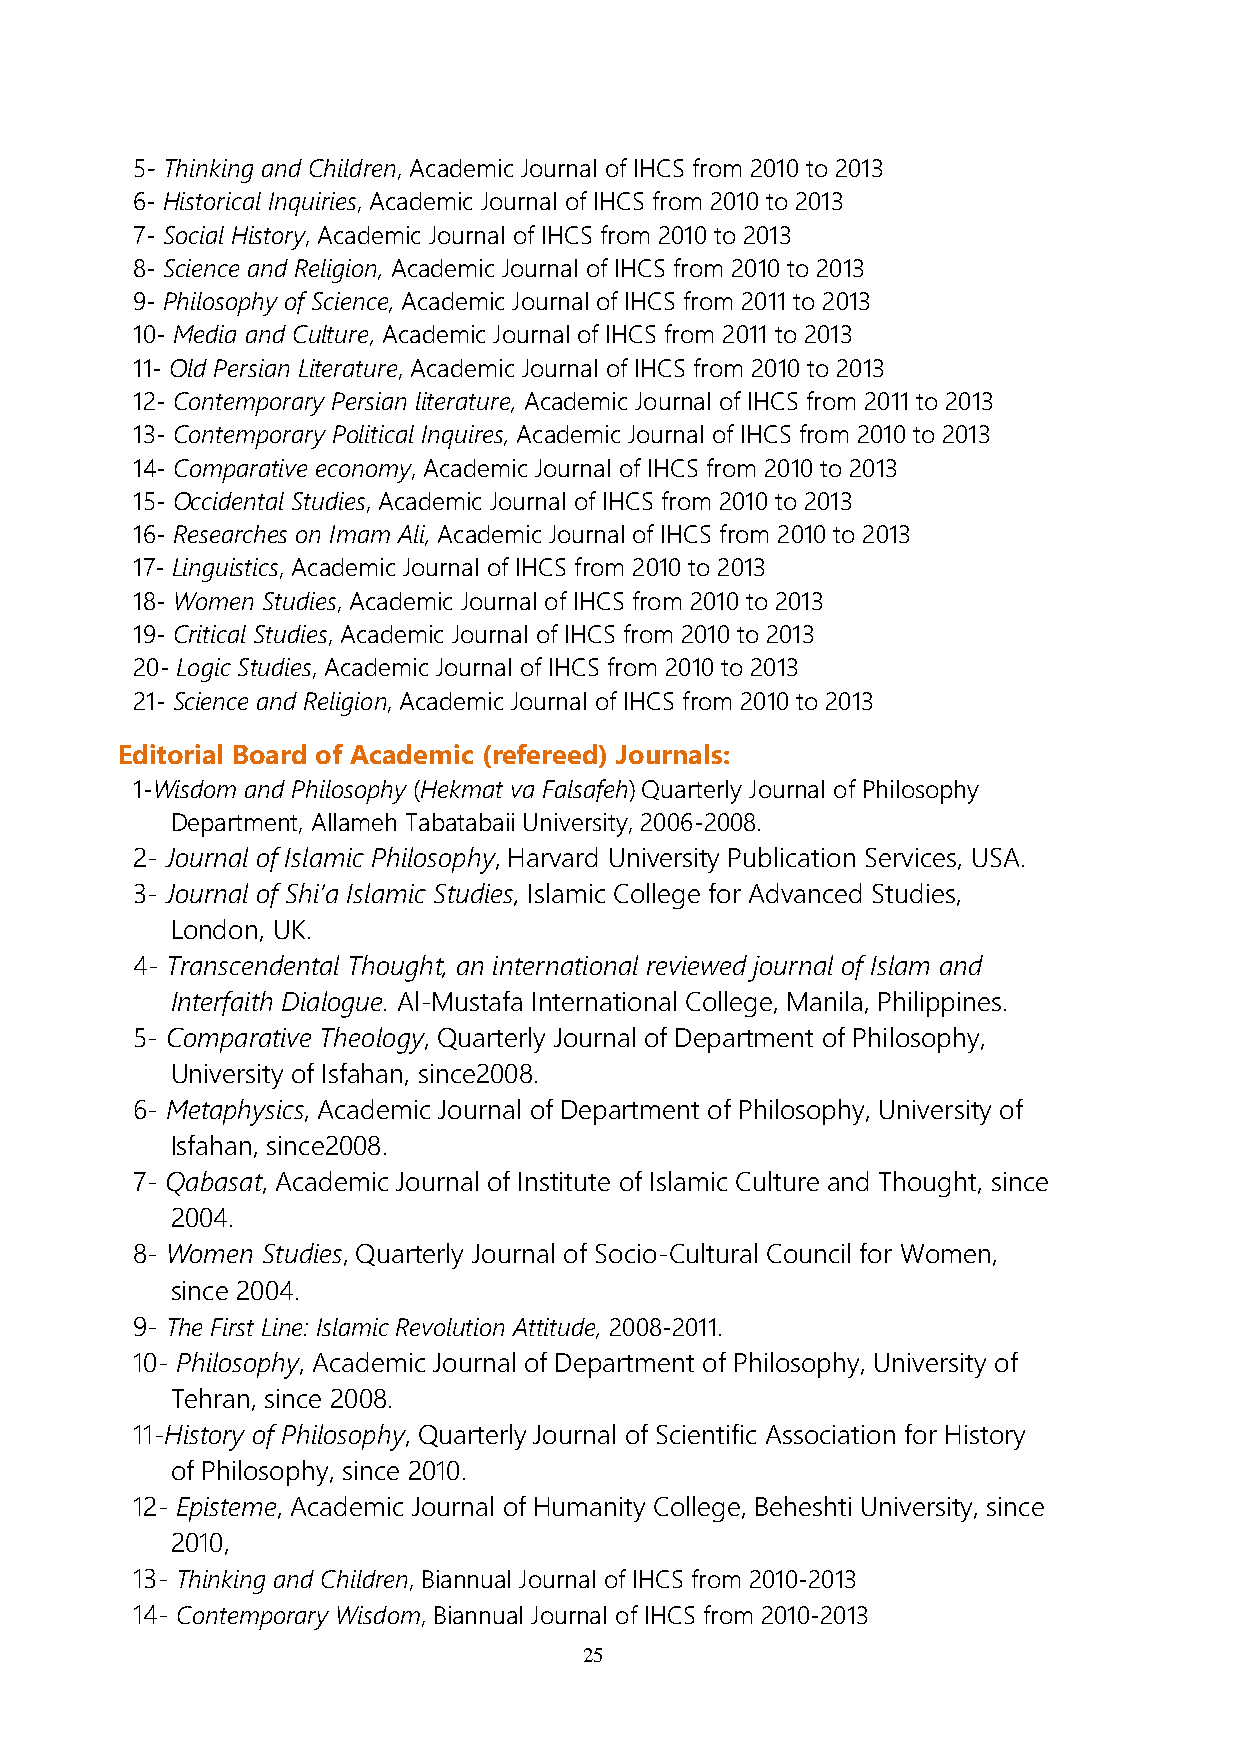
5- Thinking and Children, Academic Journal of IHCS from 2010 to 2013
 6- Historical Inquiries, Academic Journal of IHCS from 2010 to 2013
 7- Social History, Academic Journal of IHCS from 2010 to 2013
 8- Science and Religion, Academic Journal of IHCS from 2010 to 2013
 9- Philosophy of Science, Academic Journal of IHCS from 2011 to 2013
 10- Media and Culture, Academic Journal of IHCS from 2011 to 2013
 11- Old Persian Literature, Academic Journal of IHCS from 2010 to 2013
 12- Contemporary Persian literature, Academic Journal of IHCS from 2011 to 2013
 13- Contemporary Political Inquires, Academic Journal of IHCS from 2010 to 2013
 14- Comparative economy, Academic Journal of IHCS from 2010 to 2013
 15- Occidental Studies, Academic Journal of IHCS from 2010 to 2013
 16- Researches on Imam Ali, Academic Journal of IHCS from 2010 to 2013
 17- Linguistics, Academic Journal of IHCS from 2010 to 2013
 18- Women Studies, Academic Journal of IHCS from 2010 to 2013
 19- Critical Studies, Academic Journal of IHCS from 2010 to 2013
 20- Logic Studies, Academic Journal of IHCS from 2010 to 2013
 21- Science and Religion, Academic Journal of IHCS from 2010 to 2013
 Editorial Board of Academic (refereed) Journals:
 1-Wisdom and Philosophy (Hekmat va Falsafeh) Quarterly Journal of Philosophy
 Department, Allameh Tabatabaii University, 2006-2008.
 2- Journal of Islamic Philosophy, Harvard University Publication Services, USA.
 3- Journal of Shi’a Islamic Studies, Islamic College for Advanced Studies,
 London, UK.
 4- Transcendental Thought, an international reviewed journal of Islam and
 Interfaith Dialogue. Al-Mustafa International College, Manila, Philippines.
 5- Comparative Theology, Quarterly Journal of Department of Philosophy,
 University of Isfahan, since2008.
 6- Metaphysics, Academic Journal of Department of Philosophy, University of
 Isfahan, since2008.
 7- Qabasat, Academic Journal of Institute of Islamic Culture and Thought, since
 2004.
 8- Women Studies, Quarterly Journal of Socio-Cultural Council for Women,
 since 2004.
 9- The First Line: Islamic Revolution Attitude, 2008-2011.
 10- Philosophy, Academic Journal of Department of Philosophy, University of
 Tehran, since 2008.
 11-History of Philosophy, Quarterly Journal of Scientific Association for History
 of Philosophy, since 2010.
 12- Episteme, Academic Journal of Humanity College, Beheshti University, since
 2010,
 13- Thinking and Children, Biannual Journal of IHCS from 2010-2013
 14- Contemporary Wisdom, Biannual Journal of IHCS from 2010-2013
 25